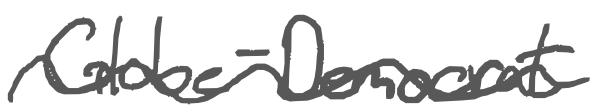
Text: Globe-Democrat
Cross-out: wave
Writing tool: digital_gray